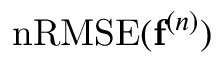
\mathrm { n R M S E } ( \mathbf { f } ^ { ( n ) } )